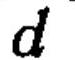
\(d\)